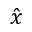
\hat { x }